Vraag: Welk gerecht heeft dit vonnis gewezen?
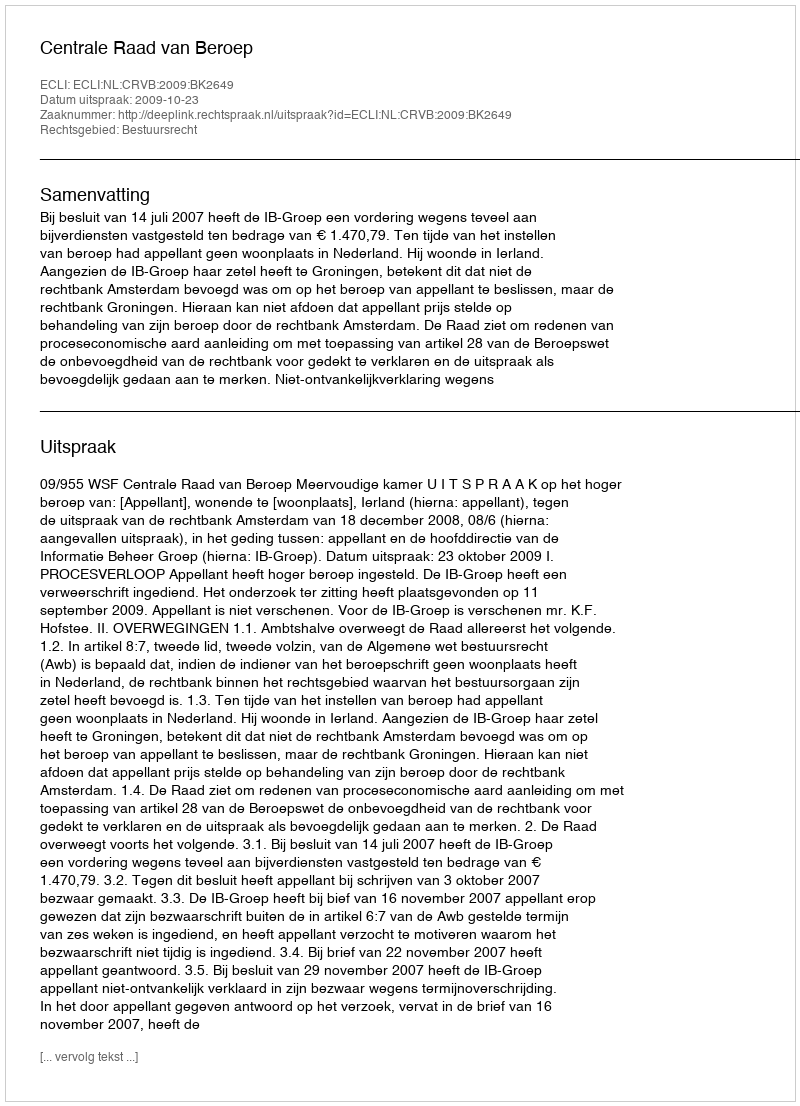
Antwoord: Centrale Raad van Beroep